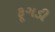
ફૂગડી